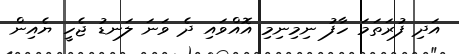
އަދި ފުރަތަމަ ހާފު ނިމިނިމި އޮއްވައި ދެ ވަނަ ލަނޑު ޖެހީ ޔެއިން